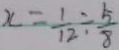
x = \frac { 1 } { 1 2 } \div \frac { 5 } { 8 }